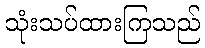
သုံးသပ်ထားကြသည်